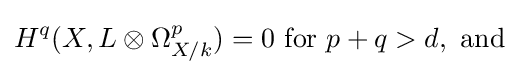
H^{q}(X,L\otimes \Omega _{X/k}^{p})=0{\text{ for }}p+q>d,{\text{ and}}